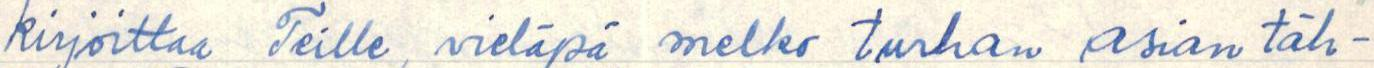
kirjoittaa Teille, vieläpä melko turhan asian täh-